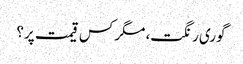
گوری رنگت، مگر کس قیمت پر؟